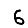
Digit: 6